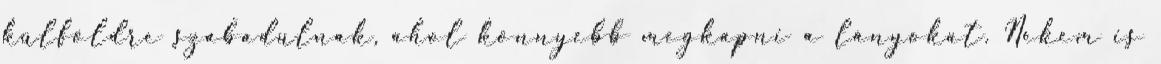
külföldre szabadulnak, ahol könnyebb megkapni a lányokat. Nekem is